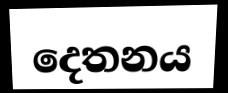
දෙතනය